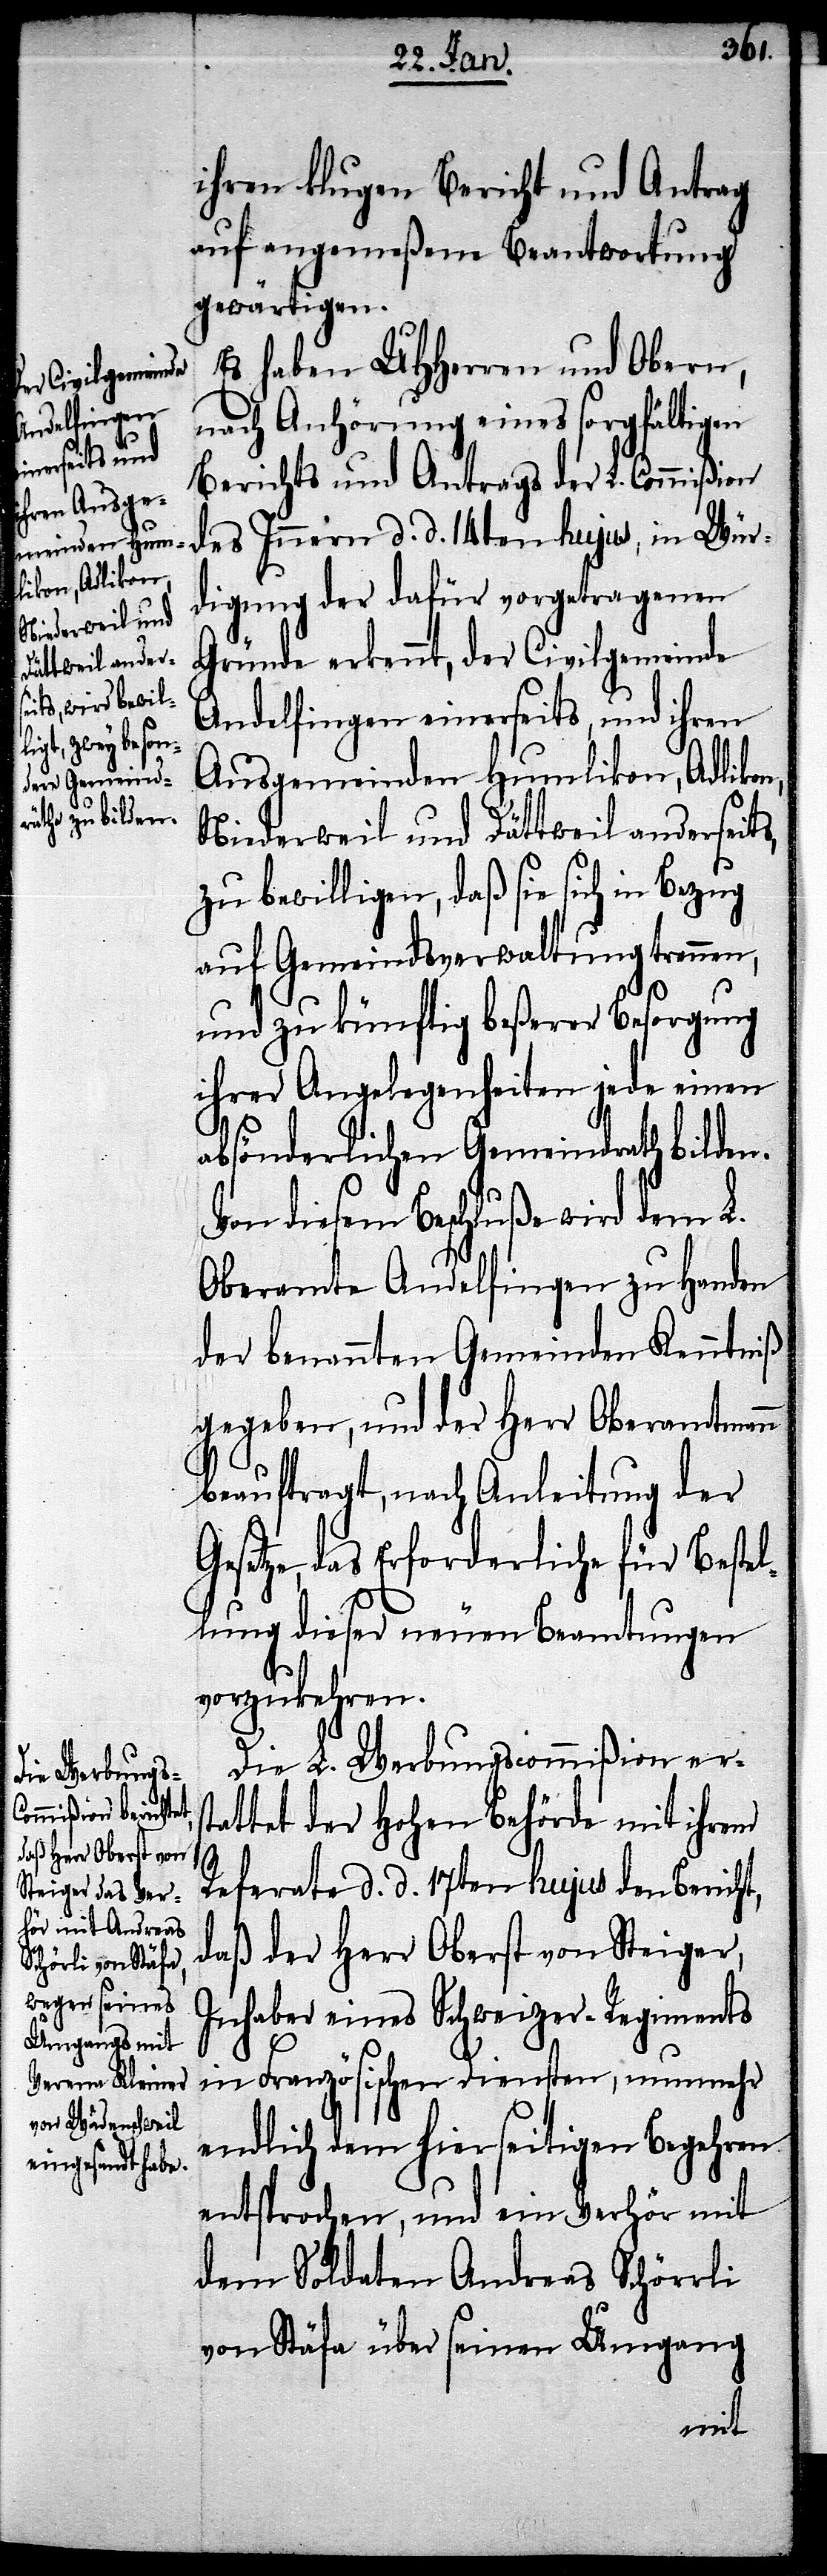
ihren klugen Bericht und Antrag
auf angemeßene Beantwortung
gewärtigen.
Es haben UHHerren und Obern,
nach Anhörung eines sorgfältigen
Berichtes und Antrags der L. Commißion
des Innern d. d. 14ten hujus, in Wür¬
digung der dafür vorgetragenen
Gründe erkennt, der Civilgemeinde
Andelfingen einerseits, und ihren
Ausgemeinden Humlikon, Adlikon,
Niederweil und Dättweil anderseits,
zu bewilligen, daß sie sich in Bezug
auf Gemeindsverwaltung trennen,
und zu künfitg beßerer Besorgung
ihrer Angelegenheiten jede einen
absönderlichen Gemeindrath bilden.
Von diesem Beschluße wird dem L.
Oberamte Andelfingen zu Handen
der benannten Gemeinden Kenntniß
gegeben, und der Herr Oberamtmann
beauftragt, nach Anleitung der
setze, das Erforderliche für Bestel¬
lung dieser neuen Beamtungen
vorzukehren.
Die L. Werbungscommißion ers¬
tattet der Hohen Behörde mit ihrem
Ge¬
Referate d. d. 17ten hujus den Bericht,
daß der Herr Oberst von Steiger,
Inhaber eines Schweizer-Regiments
in Französischen Diensten, nunmehr
endlich dem hierseitigen Begehren
entsprochen, und ein Verhör mit
dem Soldaten Andreas Schörrli
von Stäfa über seinen Umgang